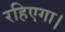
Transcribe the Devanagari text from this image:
रहिएगा।